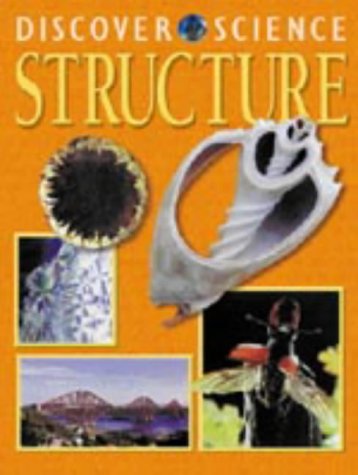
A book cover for Structure (Discover Science); Kim Taylor; Children's Books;